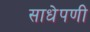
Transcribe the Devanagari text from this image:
साधेपणी